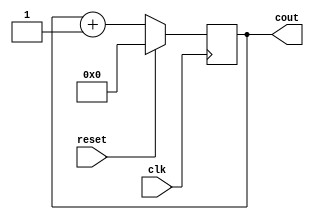
`timescale 1ns / 1ps
//////////////////////////////////////////////////////////////////////////////////
// Company: 
// Engineer: 
// 
// Design Name: 
// Module Name:    Counter 
// Project Name: 
// Target Devices: 
// Tool versions: 
// Description: 
//
// Dependencies: 
//
// Revision: 
// Revision 0.01 - File Created
// Additional Comments: 
//
//////////////////////////////////////////////////////////////////////////////////
module Counter(cout,reset,clk);
	output [3:0] cout;
	input clk, reset;
	wire clk, reset;
	reg [3:0] cout;
	initial cout=0;
	always @ (posedge (clk))
	begin
		if (reset)
			cout=0;
		else
			cout=cout+1;
	end


endmodule